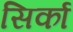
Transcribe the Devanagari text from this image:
सिर्का